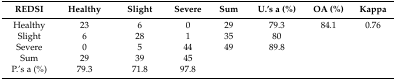
<table><thead><tr><td><b>REDSI</b></td><td><b>Healthy</b></td><td><b>Slight</b></td><td><b>Severe</b></td><td><b>Sum</b></td><td><b>U.’s a (%)</b></td><td><b>OA (%)</b></td><td><b>Kappa</b></td></tr></thead><tbody><tr><td>Healthy</td><td>23</td><td>6</td><td>0</td><td>29</td><td>79.3</td><td>84.1</td><td>0.76</td></tr><tr><td>Slight</td><td>6</td><td>28</td><td>1</td><td>35</td><td>80</td><td>[EMPTY_CELL]</td><td>[EMPTY_CELL]</td></tr><tr><td>Severe</td><td>0</td><td>5</td><td>44</td><td>49</td><td>89.8</td><td>[EMPTY_CELL]</td><td>[EMPTY_CELL]</td></tr><tr><td>Sum</td><td>29</td><td>39</td><td>45</td><td>[EMPTY_CELL]</td><td>[EMPTY_CELL]</td><td>[EMPTY_CELL]</td><td>[EMPTY_CELL]</td></tr><tr><td>P.’s a (%)</td><td>79.3</td><td>71.8</td><td>97.8</td><td>[EMPTY_CELL]</td><td>[EMPTY_CELL]</td><td>[EMPTY_CELL]</td><td>[EMPTY_CELL]</td></tr></tbody></table>